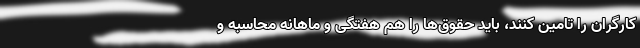
کارگران را تامین کنند، باید حقوق‌ها را هم هفتگی و ماهانه محاسبه و